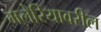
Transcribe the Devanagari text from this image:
मलेरियावरील